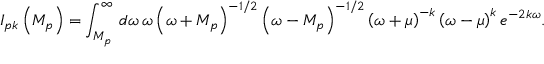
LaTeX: I _ { p k } \left( M _ { p } \right) = \int _ { M _ { p } } ^ { \infty } \, d \omega \, \omega \left( \omega + M _ { p } \right) ^ { - 1 / 2 } \left( \omega - M _ { p } \right) ^ { - 1 / 2 } \left( \omega + \mu \right) ^ { - k } \left( \omega - \mu \right) ^ { k } e ^ { - 2 k \omega } .